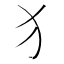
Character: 犭